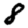
Digit: 8